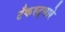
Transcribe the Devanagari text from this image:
टँकरद्वारे